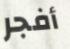
أفجر